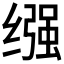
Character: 𫄶